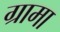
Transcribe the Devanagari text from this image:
ग्रामा